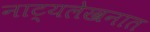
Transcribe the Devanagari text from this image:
नाट्यलेखनात